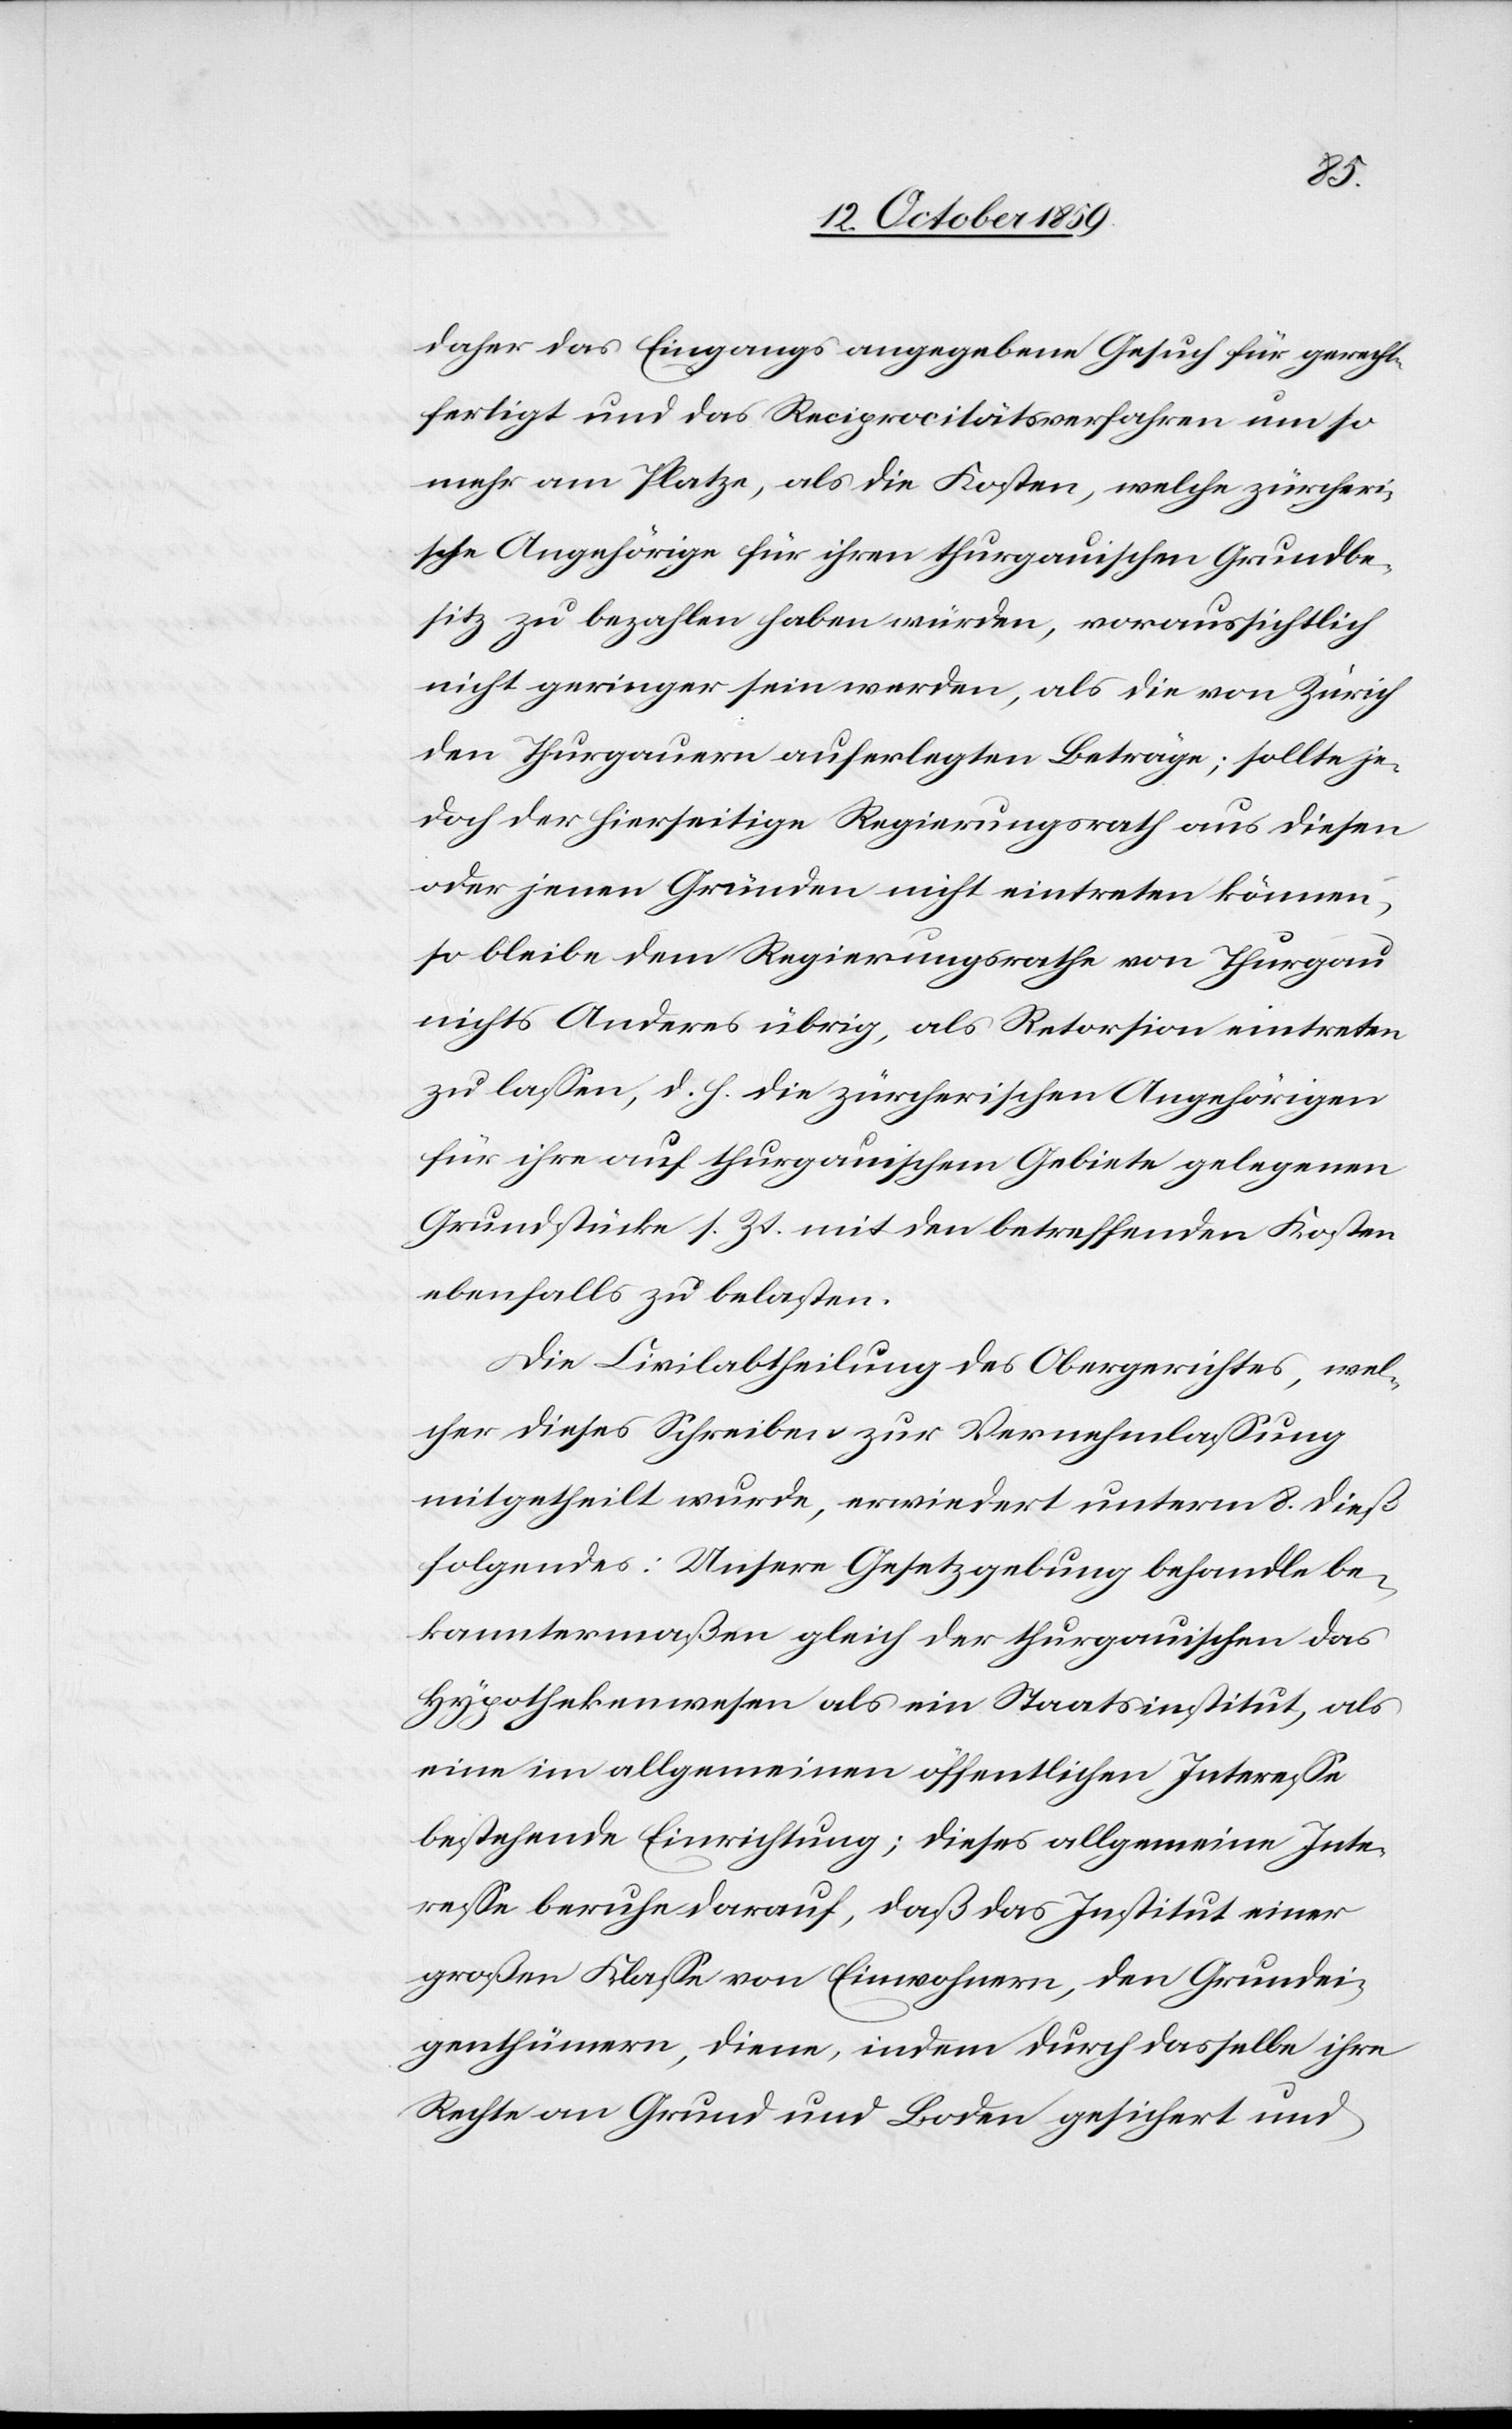
daher das Eingangs angegebene Gesuch für gerecht¬
fertigt und das Reciprocitätsverfahren um so
mehr am Platze, als die Kosten, welche zürcheri¬
sche Angehörige für ihren thurgauischen Grundbe¬
sitz zu bezahlen haben würden, voraussichtlich
nicht geringer sein werden, als die von Zürich
den Thurgauern auferlegten Beträge; sollte je¬
doch der hierseitige Regierungsrath aus diesen
oder jenen Gründen nicht eintreten können,
so bleibe dem Regierungsrathe von Thurgau
nichts Anderes übrig, als Retorsion eintreten
zu lassen, d. h. die zürcherischen Angehörigen
für ihre auf thurgauischem Gebiete gelegenen
Grundstücke s. Zt. mit den betreffenden Kosten
ebenfalls zu belasten.
Die Civilabtheilung des Obergerichtes, wel¬
cher dieses Schreiben zur Vernehmlassung
mitgetheilt wurde, erwiedert unterm 8. dieß
folgendes: Unsere Gesetzgebung behandle be¬
kanntermaßen gleich der thurgauischen das
Hyptohekenwesen als ein Staatsinstitut, als
eine im allgemeinen öffentlichen Interesse
bestehende Einrichtung; dieses allgemeine Inte¬
resse beruhe darauf, daß das Institut einer
großen Klasse von Einwohnern, den Grundei¬
genthümern, diene, indem durch dasselbe ihre
Rechte an Grund und Boden gesichert und